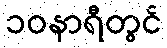
၁၀နာရီတွင်